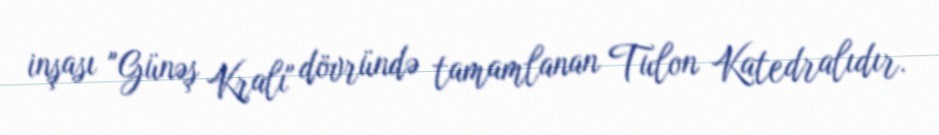
inşası "Günəş Kralı" dövründə tamamlanan Tulon Katedralıdır.